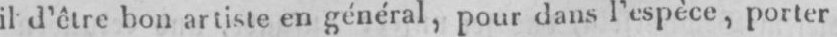
il d’être intérêt artiste en général, pour dans l’espèce, porter